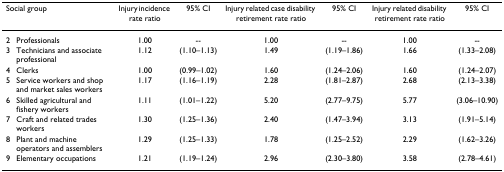
<table><thead><tr><td colspan="2"><b>Social group</b></td><td><b>Injury incidence rate ratio</b></td><td><b>95% CI</b></td><td><b>Injury related case disability retirement rate ratio</b></td><td><b>95% CI</b></td><td><b>Injury related disability retirement rate ratio</b></td><td><b>95% CI</b></td></tr></thead><tbody><tr><td>2</td><td>Professionals</td><td>1.00</td><td>--</td><td>1.00</td><td>--</td><td>1.00</td><td>--</td></tr><tr><td>3</td><td>Technicians and associate professional</td><td>1.12</td><td>(1.10–1.13)</td><td>1.49</td><td>(1.19–1.86)</td><td>1.66</td><td>(1.33–2.08)</td></tr><tr><td>4</td><td>Clerks</td><td>1.00</td><td>(0.99–1.02)</td><td>1.60</td><td>(1.24–2.06)</td><td>1.60</td><td>(1.24–2.07)</td></tr><tr><td>5</td><td>Service workers and shop and market sales workers</td><td>1.17</td><td>(1.16–1.19)</td><td>2.28</td><td>(1.81–2.87)</td><td>2.68</td><td>(2.13–3.38)</td></tr><tr><td>6</td><td>Skilled agricultural and fishery workers</td><td>1.11</td><td>(1.01–1.22)</td><td>5.20</td><td>(2.77–9.75)</td><td>5.77</td><td>(3.06–10.90)</td></tr><tr><td>7</td><td>Craft and related trades workers</td><td>1.30</td><td>(1.25–1.36)</td><td>2.40</td><td>(1.47–3.94)</td><td>3.13</td><td>(1.91–5.14)</td></tr><tr><td>8</td><td>Plant and machine operators and assemblers</td><td>1.29</td><td>(1.25–1.33)</td><td>1.78</td><td>(1.25–2.52)</td><td>2.29</td><td>(1.62–3.26)</td></tr><tr><td>9</td><td>Elementary occupations</td><td>1.21</td><td>(1.19–1.24)</td><td>2.96</td><td>(2.30–3.80)</td><td>3.58</td><td>(2.78–4.61)</td></tr></tbody></table>